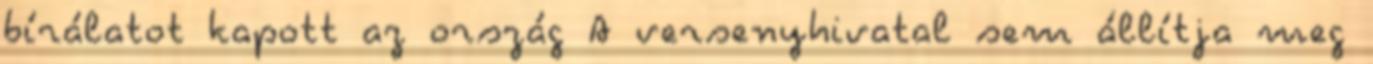
bírálatot kapott az ország A versenyhivatal sem állítja meg